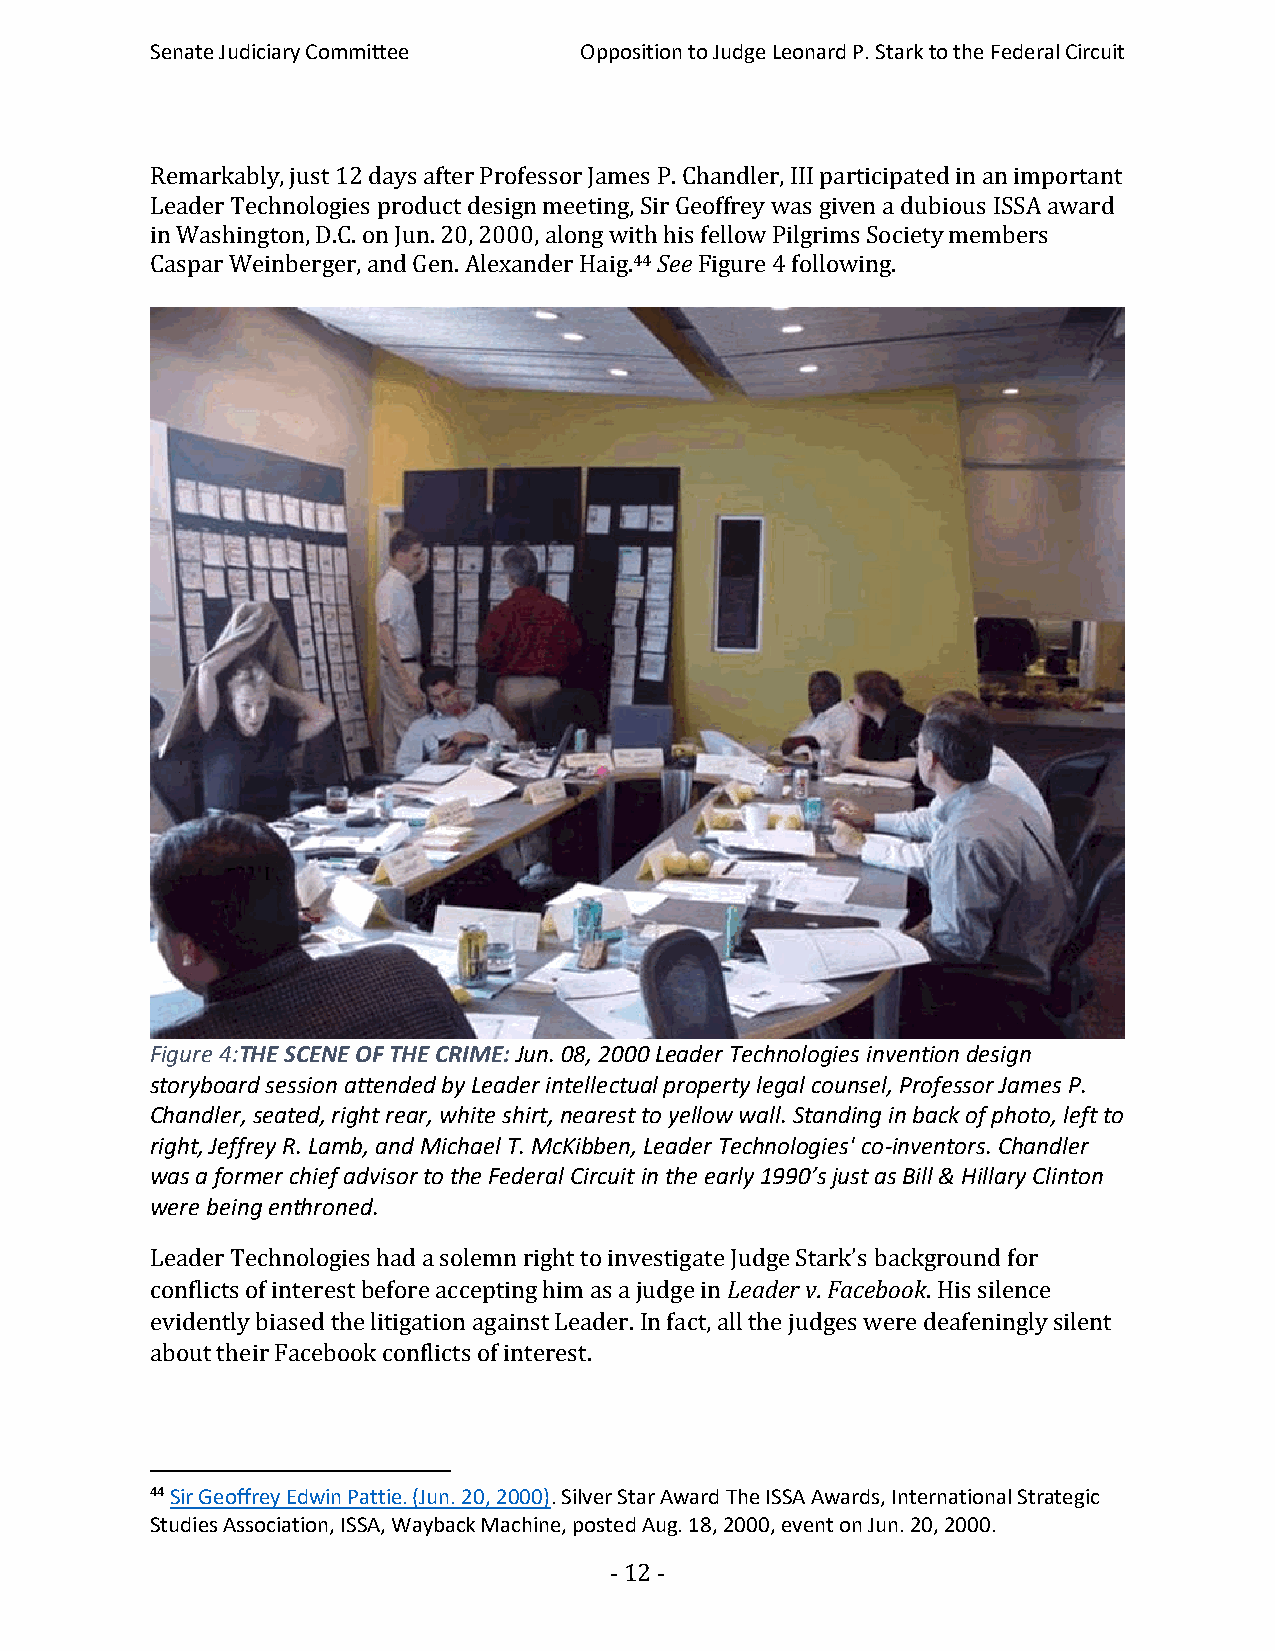
Senate Judiciary Committee  Opposition to Judge Leonard P. Stark to the Federal Circuit
 Remarkably, just 12 days after Professor James P. Chandler, III participated in an important
 Leader Technologies product design meeting, Sir Geoffrey was given a dubious ISSA award
 in Washington, D.C. on Jun. 20, 2000, along with his fellow Pilgrims Society members
 Caspar Weinberger, and Gen. Alexander Haig.44 See Figure 4 following.
 Figure 4:THE SCENE OF THE CRIME: Jun. 08, 2000 Leader Technologies invention design
 storyboard session attended by Leader intellectual property legal counsel, Professor James P.
 Chandler, seated, right rear, white shirt, nearest to yellow wall. Standing in back of photo, left to
 right, Jeffrey R. Lamb, and Michael T. McKibben, Leader Technologies' co-inventors. Chandler
 was a former chief advisor to the Federal Circuit in the early 1990’s just as Bill & Hillary Clinton
 were being enthroned.
 Leader Technologies had a solemn right to investigate Judge Stark’s background for
 conflicts of interest before accepting him as a judge in Leader v. Facebook. His silence
 evidently biased the litigation against Leader. In fact, all the judges were deafeningly silent
 about their Facebook conflicts of interest.
 44 Sir Geoffrey Edwin Pattie. (Jun. 20, 2000). Silver Star Award The ISSA Awards, International Strategic
 Studies Association, ISSA, Wayback Machine, posted Aug. 18, 2000, event on Jun. 20, 2000.
 - 12 -